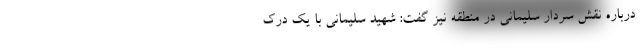
درباره نقش سردار سلیمانی در منطقه نیز گفت: شهید سلیمانی با یک درک